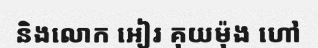
និងលោក អៀរ គុយម៉ុង ហៅ